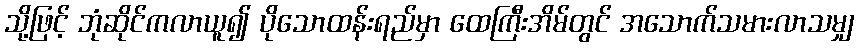
သို့ဖြင့် ဘုံဆိုင်ကလာယူ၍ ပိုသောထန်းရည်မှာ ထေကြီးအိမ်တွင် အသောက်သမားလာသမျှ